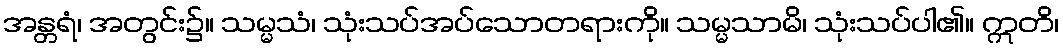
အန္တရံ၊ အတွင်း၌။ သမ္မသံ၊ သုံးသပ်အပ်သောတရားကို။ သမ္မသာမိ၊ သုံးသပ်ပါ၏။ ဣတိ၊